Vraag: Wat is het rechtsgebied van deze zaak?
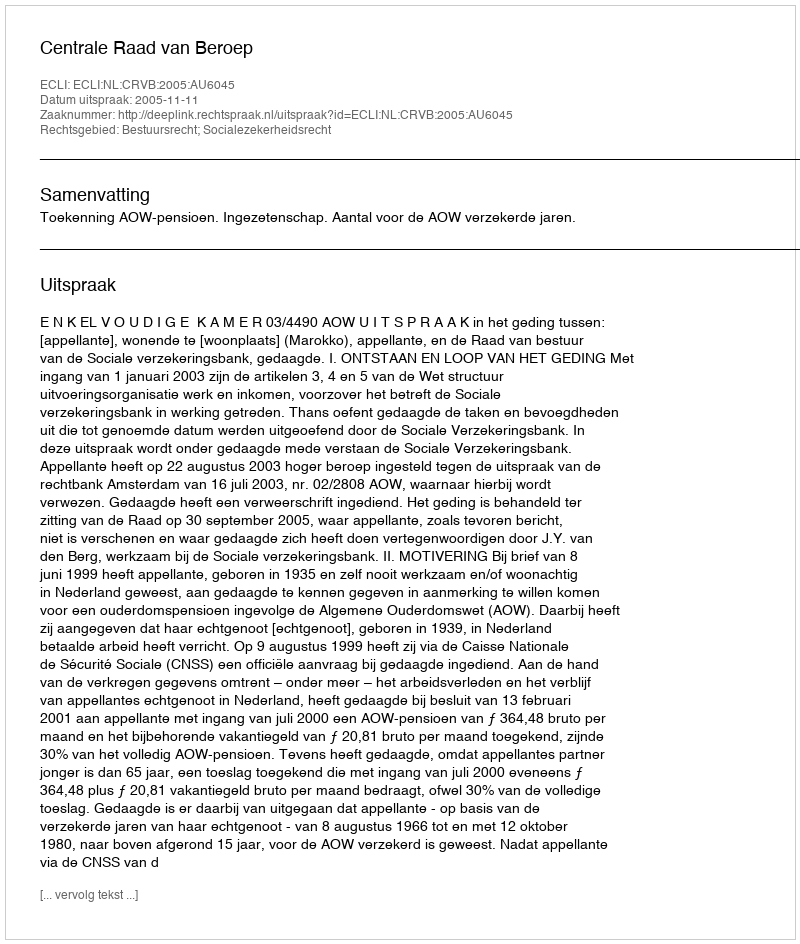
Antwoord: Bestuursrecht; Socialezekerheidsrecht